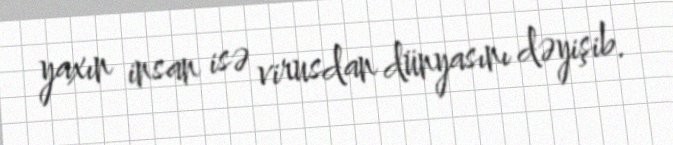
yaxın insan isə virusdan dünyasını dəyişib.